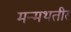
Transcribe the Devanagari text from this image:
मन्मथतीर